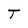
Character: T